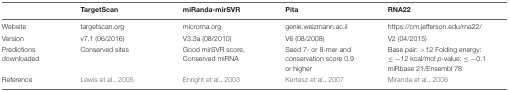
<table><thead><tr><td></td><td><b>TargetScan</b></td><td><b>miRanda-mirSVR</b></td><td><b>Pita</b></td><td><b>RNA22</b></td></tr></thead><tbody><tr><td>Website</td><td>targetscan.org</td><td>microrna.org</td><td>genie.weizmann.ac.il</td><td>https://cm.jefferson. edu/rna22/</td></tr><tr><td>Version</td><td>v7.1 (06/2016)</td><td>V3.3a (08/2010)</td><td>V6 (08/2008)</td><td>V2 (04/2015)</td></tr><tr><td>Predictions downloaded</td><td>Conserved sites</td><td>Good mirSVR score, Conserved miRNA</td><td>Seed 7- or 8-mer and conservation score 0.9 or higher</td><td>Base pair: &gt;12 Folding energy: ≤ -12 kcal/mol <i>p</i>-value: ≤ -0.1 miRbase 21/Ensembl 78</td></tr><tr><td>Reference</td><td>Lewis et al., 2005</td><td>Enright et al., 2003</td><td>Kertesz et al., 2007</td><td>Miranda et al., 2006</td></tr></tbody></table>